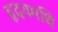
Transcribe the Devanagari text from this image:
हृदयमधि